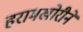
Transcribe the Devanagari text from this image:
हरामखोरीने